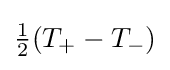
{\textstyle {1 \over 2}(T_{+}-T_{-})}